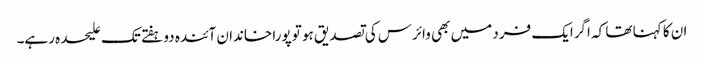
ان کا کہنا تھا کہ اگرایک فرد میں بھی وائرس کی تصدیق ہو تو پورا خاندان آئندہ دو ہفتے تک علیحدہ رہے۔